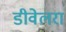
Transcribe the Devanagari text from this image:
डीवेलरा